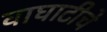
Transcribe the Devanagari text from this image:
वाघाटीचे